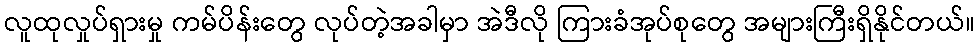
လူထုလှုပ်ရှားမှု ကမ်ပိန်းတွေ လုပ်တဲ့အခါမှာ အဲဒီလို ကြားခံအုပ်စုတွေ အများကြီးရှိနိုင်တယ်။